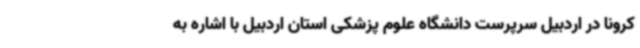
کرونا در اردبیل سرپرست دانشگاه علوم پزشکی استان اردبیل با اشاره به